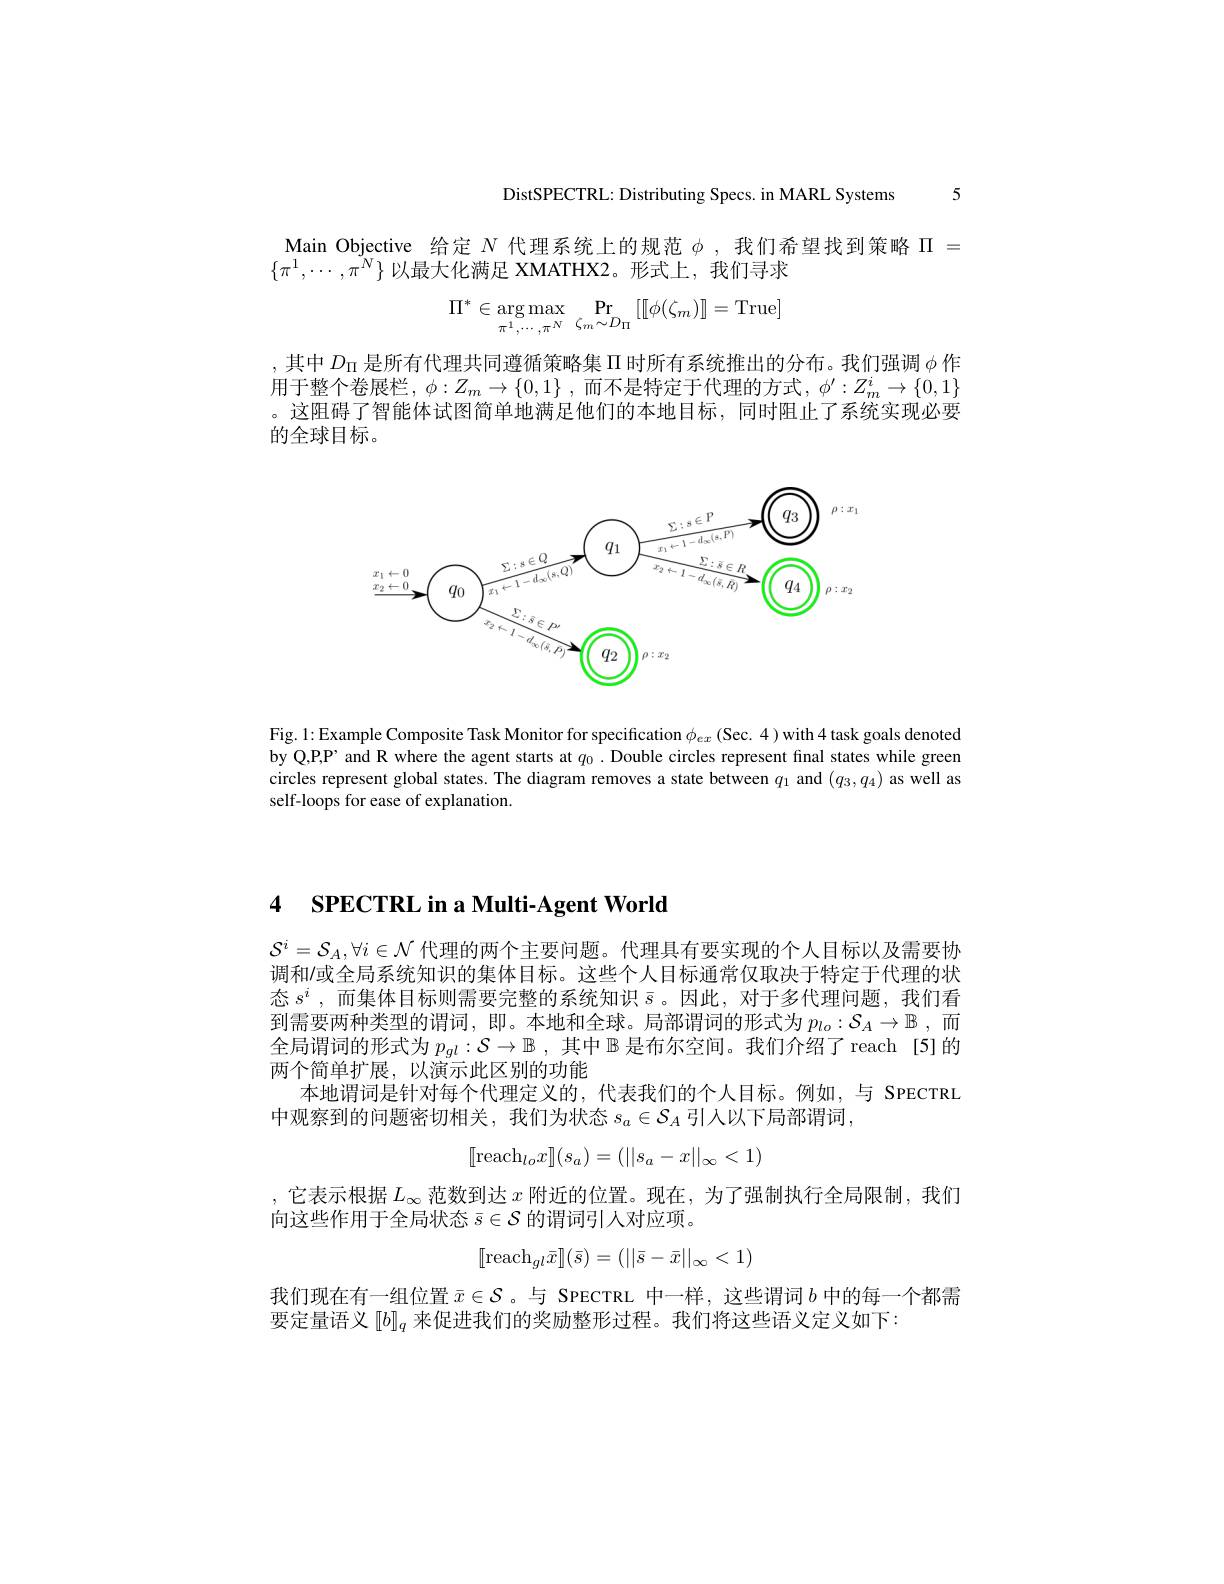
DistSPECTRL: Distributing Specs. in MARL Systems 5

Main Objective 给定$N$代理系统上的规范$\phi$,我们希望找到策略$\Pi=$
$\{\pi^1,\cdots,\tilde{\pi^N}\}$以最大化满足 XMATHX2。形式上，我们寻求
$$\Pi^*\in\arg\max_{\pi^1,\cdots,\pi^N}\Pr_{\zeta_m\sim D_\Pi}\left[\left[\left[\phi(\zeta_m)\right]\right]=\mathrm{True}\right]$$
,其中$D_\Pi$是所有代理共同遵循策略集$\Pi$时所有系统推出的分布。我们强调$\phi$作用于整个卷展栏，$\phi:Z_m\to\{0,1\}$ ,而不是特定于代理的方式，$\phi^\prime:Z_m^i\to\{0,1\}$ 。这阻碍了智能体试图简单地满足他们的本地目标，同时阻止了系统实现必要的全球目标。

<FigureHere>

Fig. 1: Example Composite Task Monitor for specification $\phi_{ex}$ (Sec. 4) with 4 task goals denoted by Q,P,P’ and R where the agent starts at $q_0$ .Double circles represent final states while green circles represent global states. The diagram removes a state between $q_1$ and $(q_3,q_4)$ as well as self-loops for ease of explanation.

## 4 ${\mathrm{SPECTRL~in~a~Multi- Agent~World}}$

$\mathcal{S}^i=\mathcal{S}_A,\forall i\in\mathcal{N}$代理的两个主要问题。代理具有要实现的个人目标以及需要协调和/或全局系统知识的集体目标。这些个人目标通常仅取决于特定于代理的状态$s^i$,而集体目标则需要完整的系统知识$\bar{s}$。因此，对于多代理问题，我们看到需要两种类型的谓词，即。本地和全球。局部谓词的形式为$p_lo:\mathcal{S}_A\to\mathbb{B}$,而全局谓词的形式为$p_{gl}:\mathcal{S}\to\mathbb{B}$ ,其中$\mathbb{B}$是布尔空间。我们介绍了 reach [5]的两个简单扩展，以演示此区别的功能
本地谓词是针对每个代理定义的，代表我们的个人目标。例如，与 SPECTRL
中观察到的问题密切相关，我们为状态$s_a\in\mathcal{S}_A$引人以下局部谓词，
$$[[\text{reach}_{lo}x]](s_a)=(||s_a-x||_\infty<1)$$
,它表示根据$L_\infty$范数到达$x$附近的位置。现在，为了强制执行全局限制，我们
向这些作用于全局状态$\bar{s}\in\mathcal{S}$的谓词引人对应项。
$$[\text{reach}_{gl}\bar{x}](\bar{s})=(||\bar{s}-\bar{x}||_\infty<1)$$
我们现在有一组位置$\bar{x}\in\mathcal{S}$。与 SPECTRL 中一样，这些谓词$b$中的每一个都需
要定量语义$[b]_q$来促进我们的奖励整形过程。我们将这些语义定义如下：